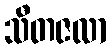
သီတဇလာ